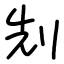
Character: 𠜎